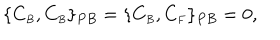
LaTeX: \{ C _ { \scriptscriptstyle B } , C _ { \scriptscriptstyle B } \} _ { P B } = \{ C _ { \scriptscriptstyle B } , C _ { \scriptscriptstyle F } \} _ { P B } = 0 ,